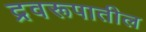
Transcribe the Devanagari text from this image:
द्रवरूपातील